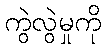
ကွဲလွဲမှုကို